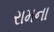
રામના